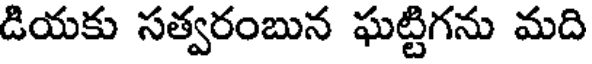
డియకు సత్వరంబున ఘట్టిగను మది